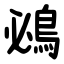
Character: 鴓